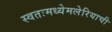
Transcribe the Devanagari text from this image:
स्वतःमध्येमलेरियाची